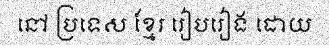
នៅ ប្រទេស ខ្មែរ រៀបរៀង ដោយ